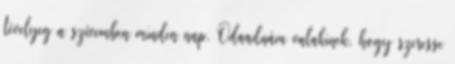
tévelyeg a szívemben minden nap. Odaadnám valakinek, hogy szeresse